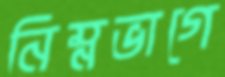
নিম্নভাগে